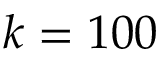
k = 1 0 0